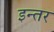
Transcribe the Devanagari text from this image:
इन्तर